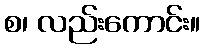
စ၊ လည်းကောင်း။